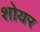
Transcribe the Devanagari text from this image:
शोयर